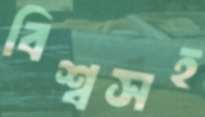
বিশ্বসহ